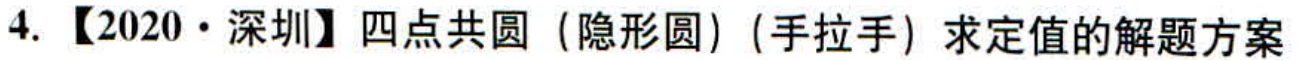
4. 【2020·深圳】四点共圆（隐形圆）（手拉手）求定值的解题方案